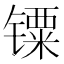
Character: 𲈙